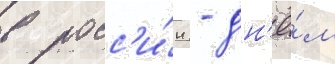
в росс'и́и - дн'ё́м